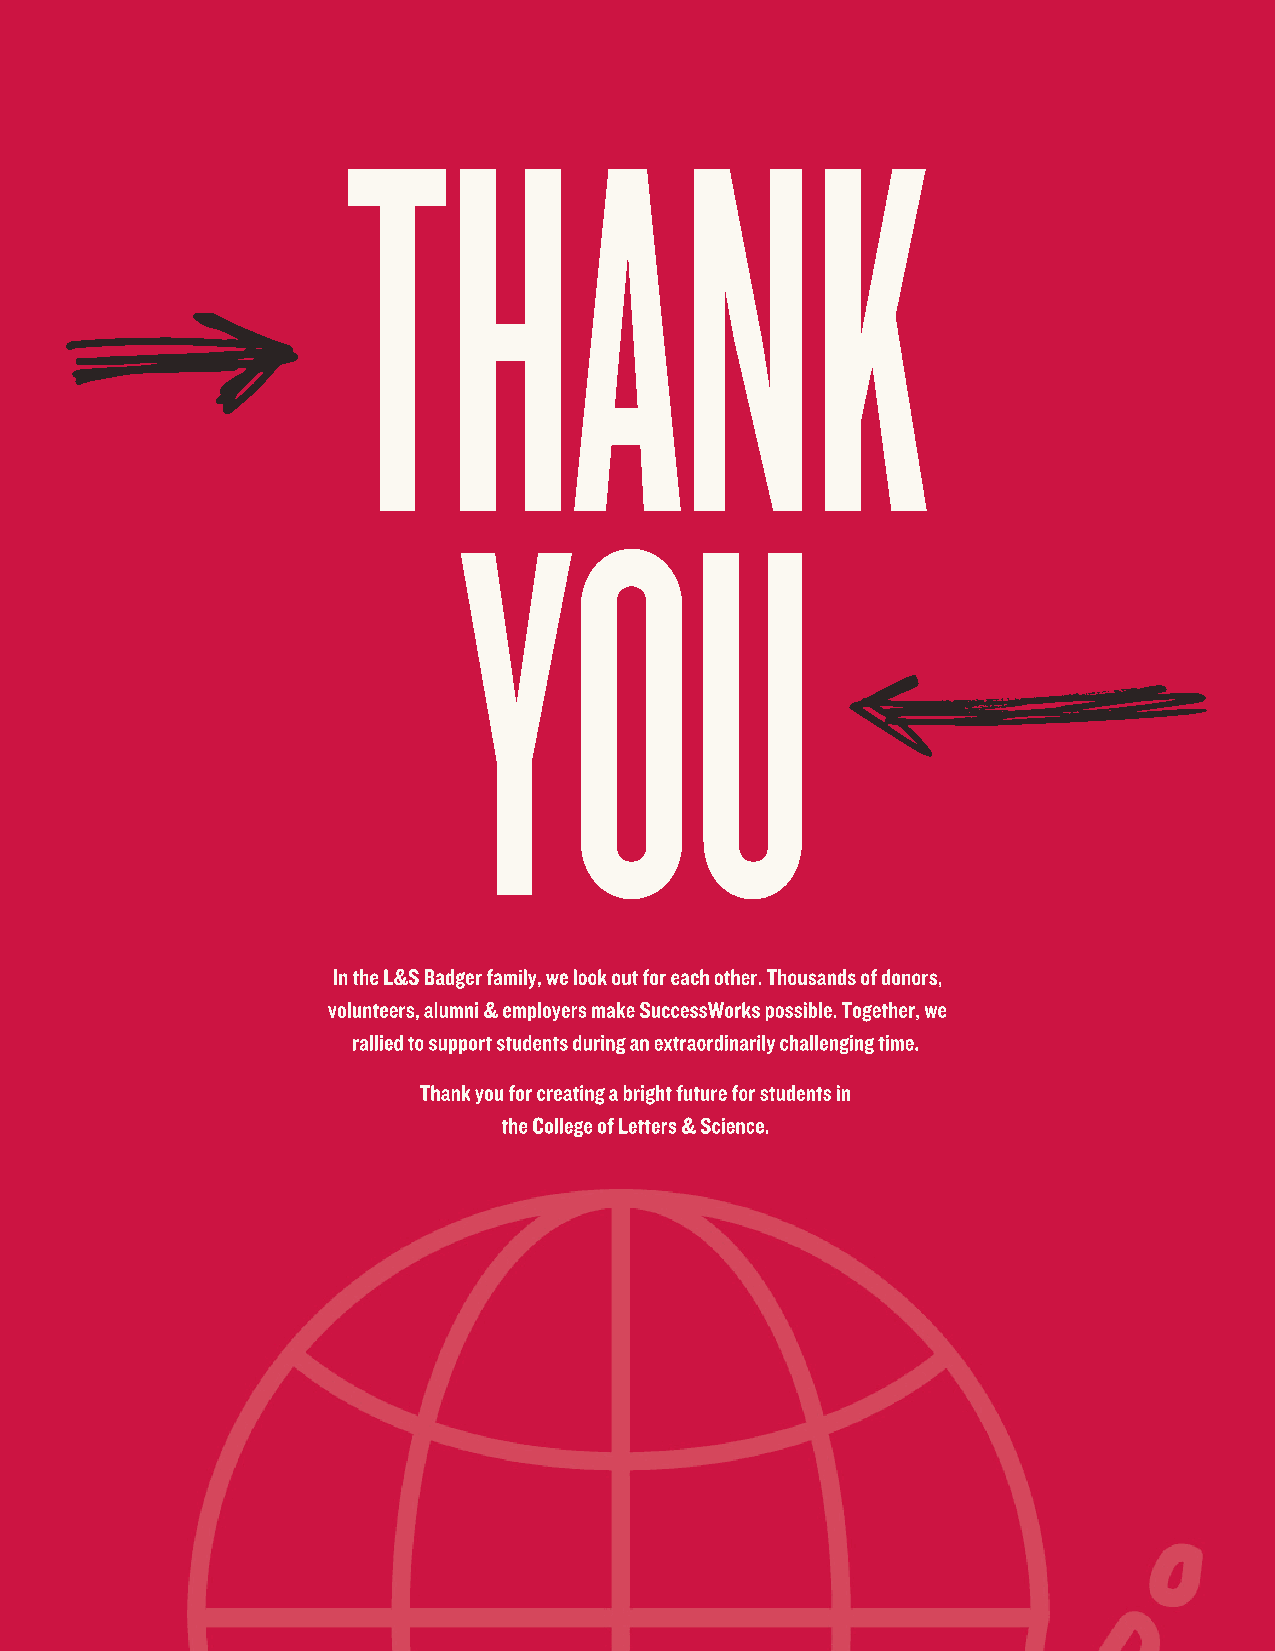
THANK
 YOU
 In the L&S Badger family, we look out for each other. Thousands of donors,
 volunteers, alumni & employers make SuccessWorks possible. Together, we
 rallied to support students during an extraordinarily challenging time.
 Thank you for creating a bright future for students in
 the College of Letters & Science.